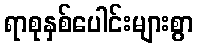
ရာစုနှစ်ပေါင်းများစွာ